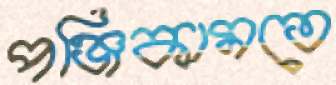
পঞ্জিকামতে